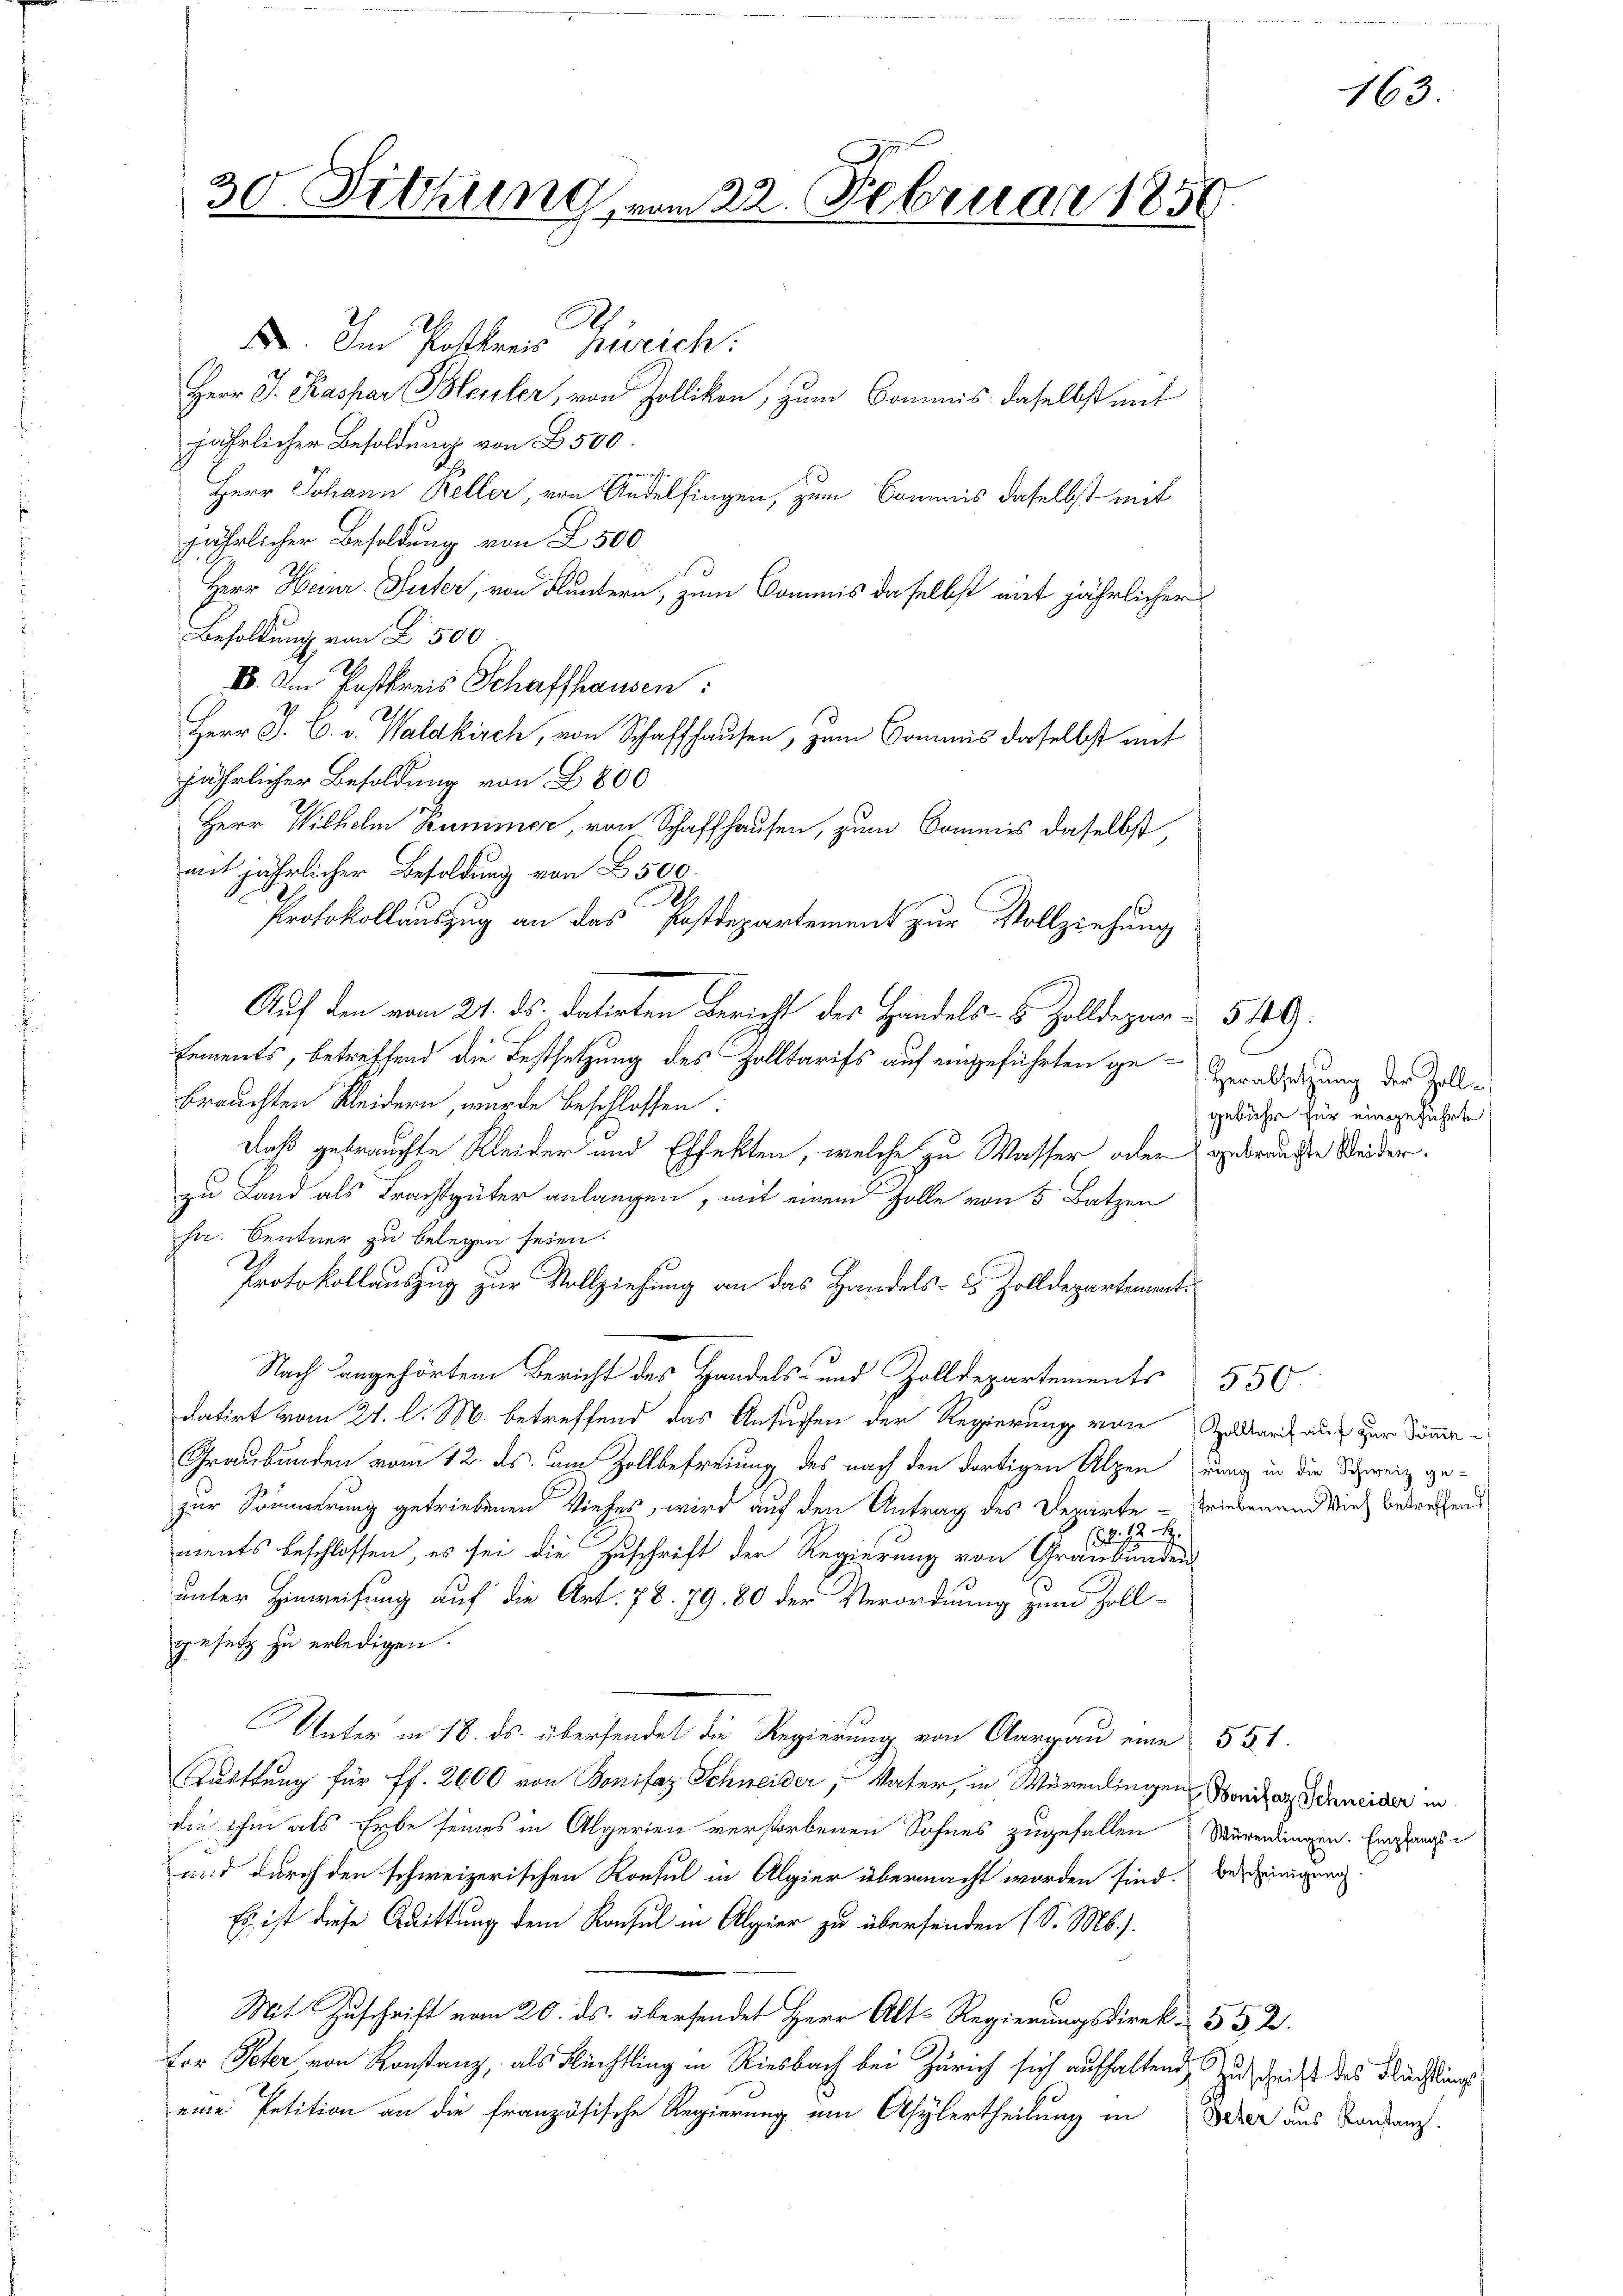
30. Sitzung, vom 22. Februar 1856

A
X. Im Postkreis zweich:
Herr J. Kaspar Bleuler, von Zollikon, zum Commis daselbst mit
jährlicher Besoldung von 500.
Herr Johann Keller, von Andelfingen, zum Sommnis daselbst mit
jährlicher Besoldung von 2500
Herr Heinr. Suter, von Fluntern, zum Commis daselbst mit jährlicher
Besoldung von 2500
88. Am Postkreis Schaffhausen:
Herr J. C. v. Waldkirch, von Schaffhausen, zum Commis daselbst mit
jährlicher Besoldung von 800
Herr Wilhelm Kummer, von Schaffhausen, zum Commis daselbst
mit jährlicher Besoldung von 2500.
Protokollauszug an das Postdepartement zur Vollziehung
Auf den vom 24. ds. datirten Bericht des Handels- & Zolldepar- 540.
lements, betreffend die Festsetzung des Zolltarifs auf eingeführten ge-Verabsetzung der Zelle
brauchten Kleidern, wurde beschlossen:
daß gebrauchte Kleider und Effekten, welche zu Wasser oder gebrauchte Weiderzu Land als Trachtgüter anlangen, mit einem Zolle von 5 Batzen
ha. Centner zu belegen seien.
Protokollauszug zur Vollziehung an das Handels- u. Zolldepartement
Nach angehörten Bericht des Handels- und Zolldepartements 550.
datirt vom 24. l. M. betreffend das Ansuchen der Regierung von Geldert auf zur Sömmer¬
Graubünden vom 12. ds. um Zollbefreiung des nach den dortigen Alpen (nung in die Schweiz gezur Sommerung getriebenen Viehes, wird auf den Antrag des Departe - Friederund viel betreffend
12. d.
l
ments beschlossen, es sei die Zuschrift der Regierung von Graubünden
unter Hinweisung auf die Art. 78. 79. 80 der Verordnung zum Zoll-
gesetz zu erledigen.
Unter in 18. ds. übersendet die Regierung von Aargau eine 551.
Tufttung für ff. 2000 von Bonifaz Schneider, Vater, in Würenlingen Bonitar Schneider in
die ihm als Erbe seines in Algerien verstorbenen Sohnes zugefallen Würendingen. Eingange
und durch den schweizerischen Konsul in Algier übermacht worden sind. Bereinigung
Es ist diese Quittung dem Konsul in Algier zu übersenden (S. M.).
Mit Zuschrift vom 20. ds. übersendet Herr Alt-Regierungsdirek 552.
tor Peter von Konstanz, als Rechtling in Riesbach bei Zürich sich aufhaltend, zu schrift des Fluchtungs
eine Petition an die französische Regierung im Asylertheilung in Deser aus Bandanz.

gebühr für eingeführte

163.